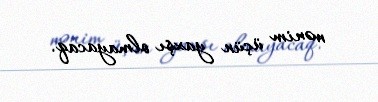
mənim üçün yaxşı olmayacaq.